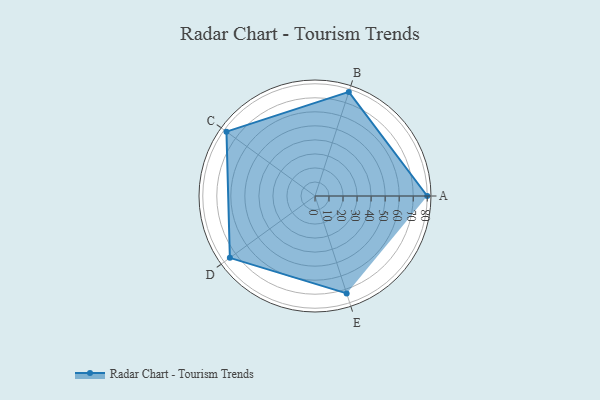
{"axis": {"x": "Skill", "y": "Score"}, "legend": ["Profile"], "data": [{"x": "A", "y": 80.0, "type": "Profile"}, {"x": "B", "y": 78.0, "type": "Profile"}, {"x": "C", "y": 78.0, "type": "Profile"}, {"x": "D", "y": 75.0, "type": "Profile"}, {"x": "E", "y": 73.0, "type": "Profile"}]}